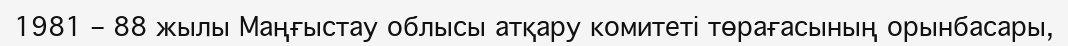
1981 – 88 жылы Маңғыстау облысы атқару комитеті төрағасының орынбасары,